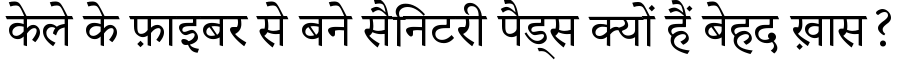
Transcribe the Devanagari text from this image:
केले के फ़ाइबर से बने सैनिटरी पैड्स क्यों हैं बेहद ख़ास?